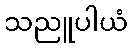
သညူပါယံ